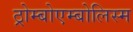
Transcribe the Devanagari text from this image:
ठ्रोम्बोएम्बोलिस्म